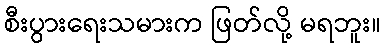
စီးပွားရေးသမားက ဖြတ်လို့ မရဘူး။